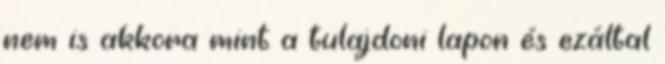
nem is akkora mint a tulajdoni lapon és ezáltal